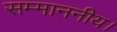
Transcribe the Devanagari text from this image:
सम्माननीय।